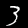
Label: 3